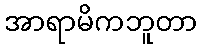
အာရာမိကဘူတာ